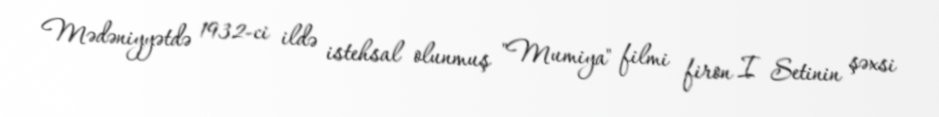
Mədəniyyətdə 1932-ci ildə istehsal olunmuş "Mumiya" filmi firon I Setinin şəxsi